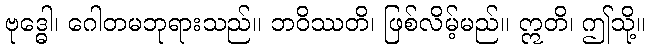
ဗုဒ္ဓေါ၊ ဂေါတမဘုရားသည်။ ဘဝိဿတိ၊ ဖြစ်လိမ့်မည်။ ဣတိ၊ ဤသို့။